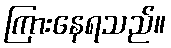
ကြားနေရသည်။